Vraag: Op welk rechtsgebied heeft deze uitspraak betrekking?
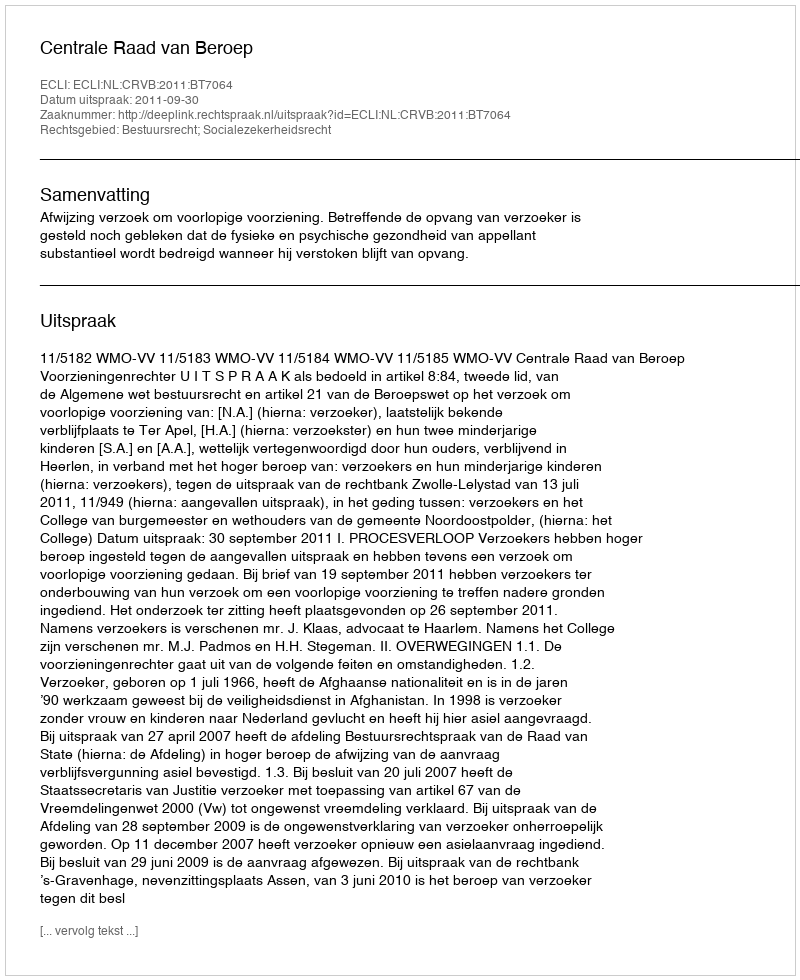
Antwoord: Bestuursrecht; Socialezekerheidsrecht